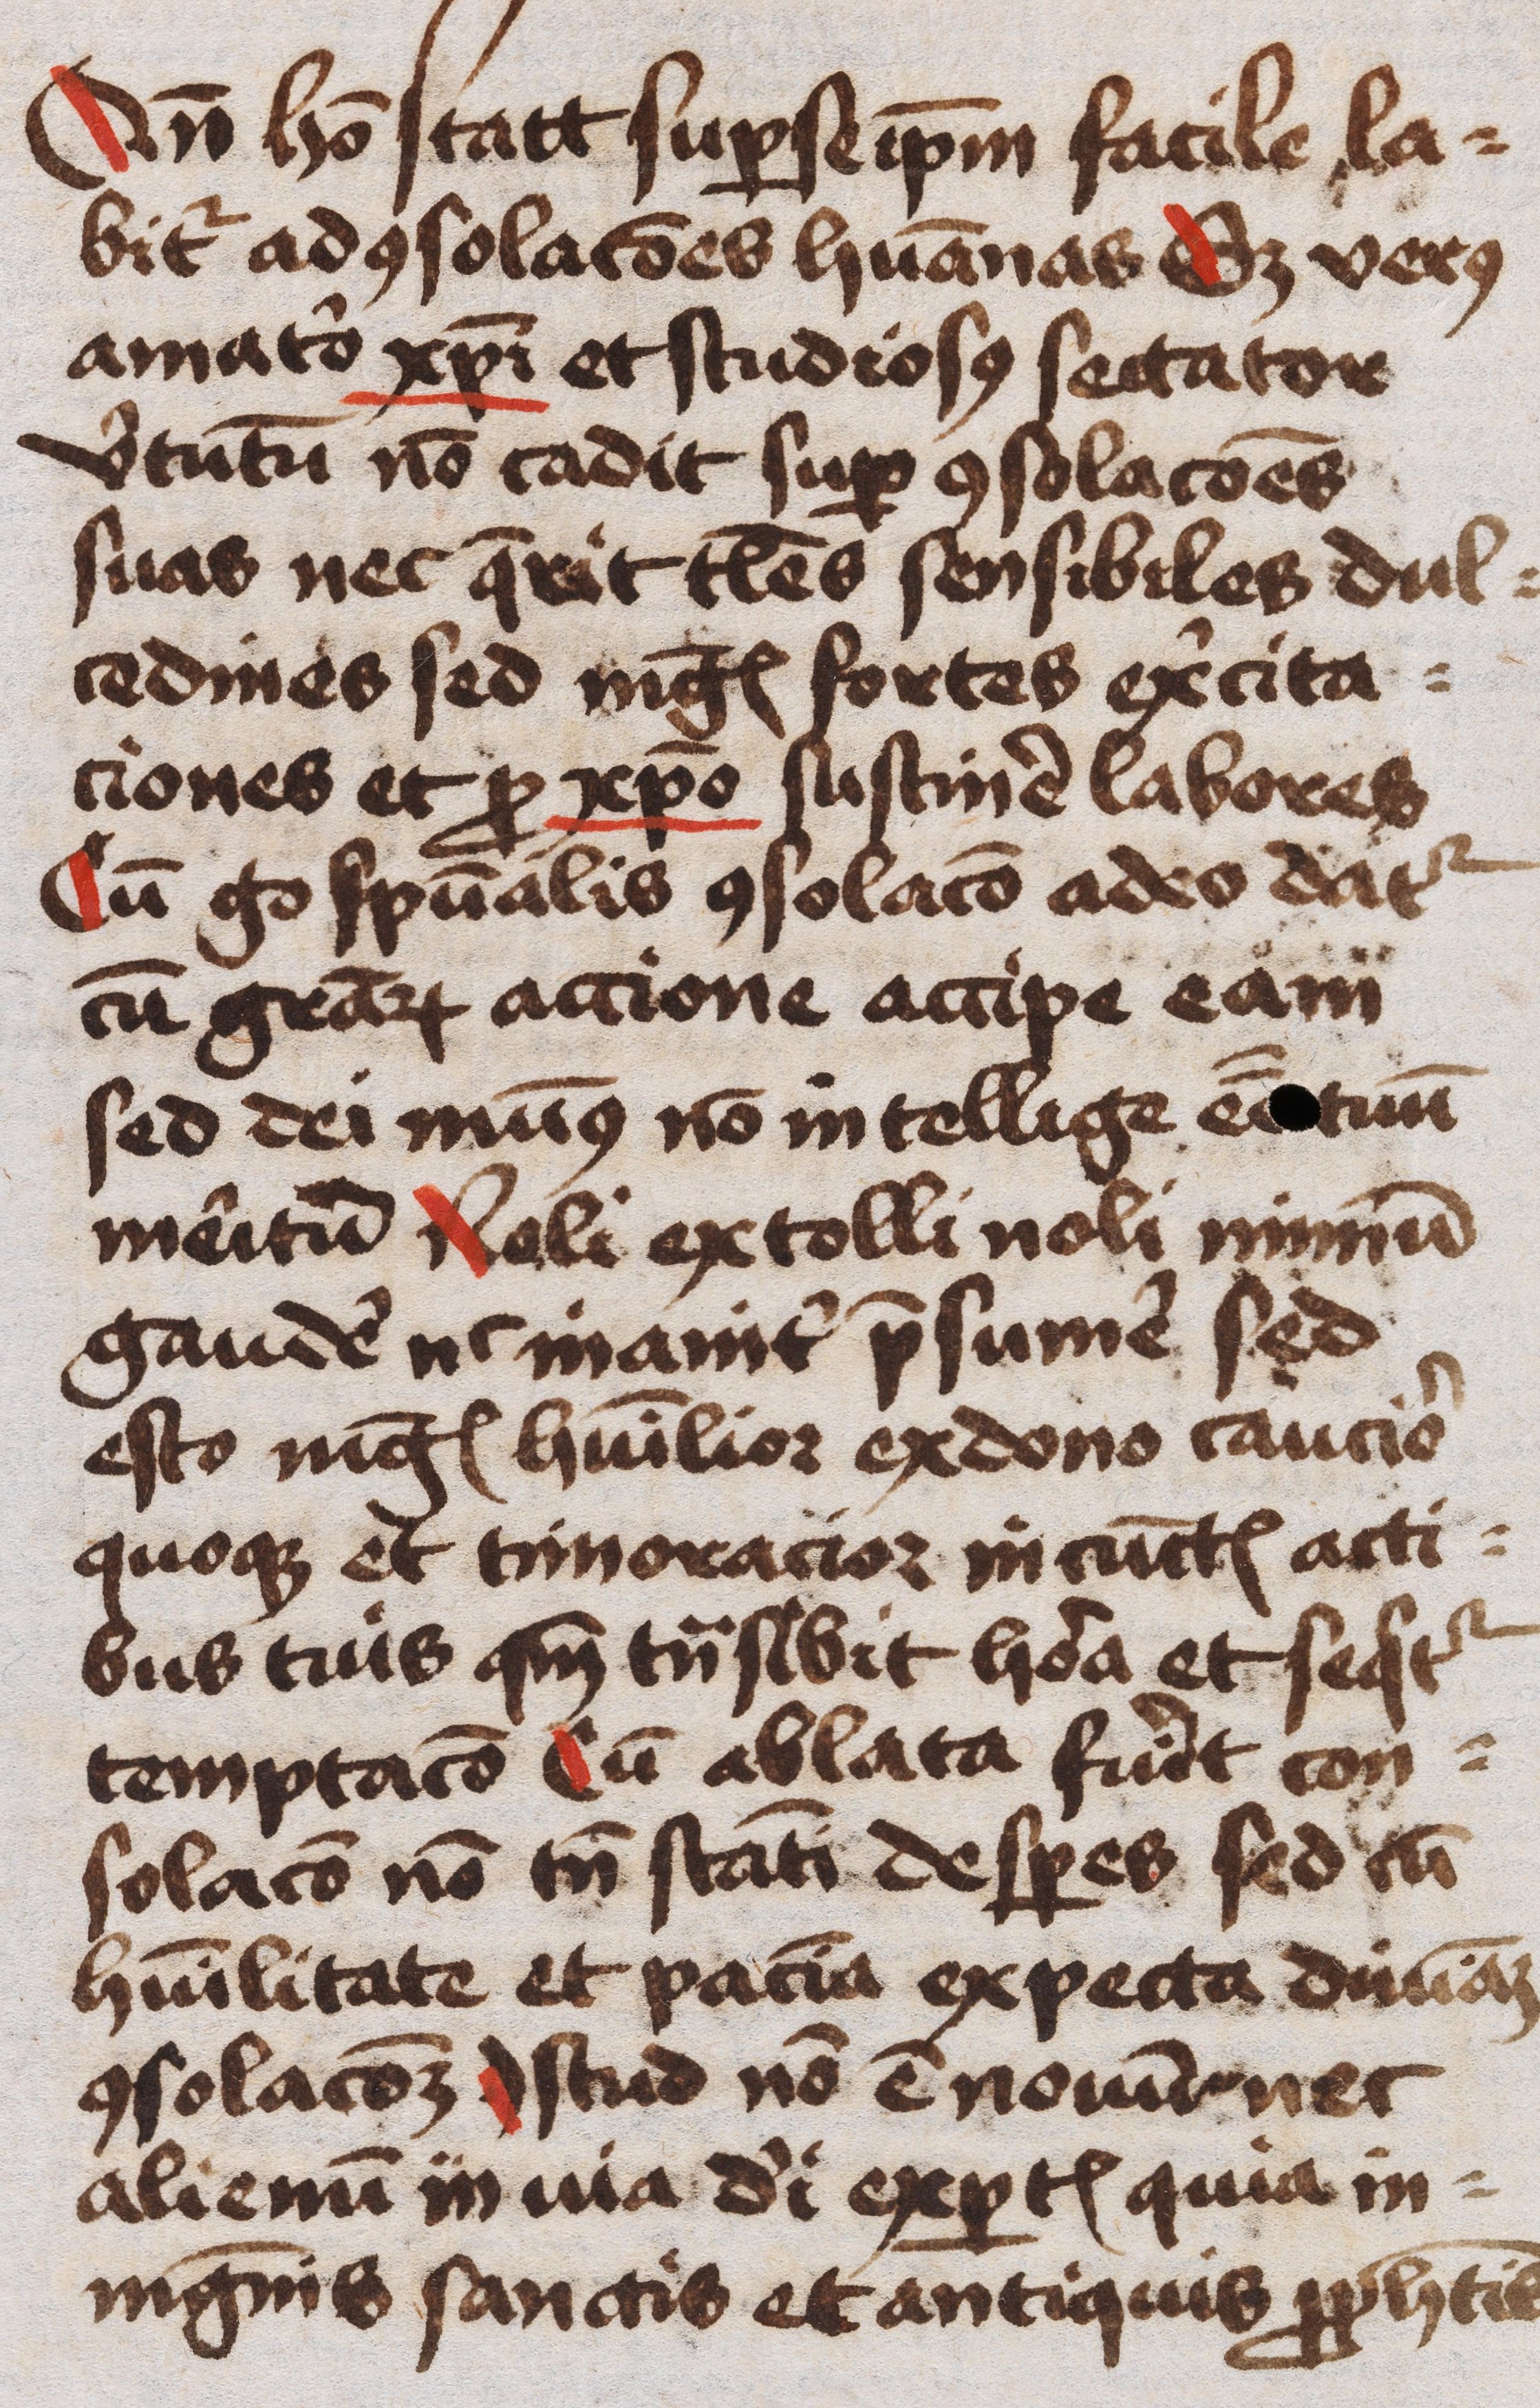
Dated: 1445–1455